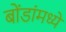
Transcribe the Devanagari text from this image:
बोंडांमध्ये